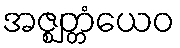
အဇ္ဈတ္တံယေဝ